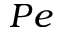
P e